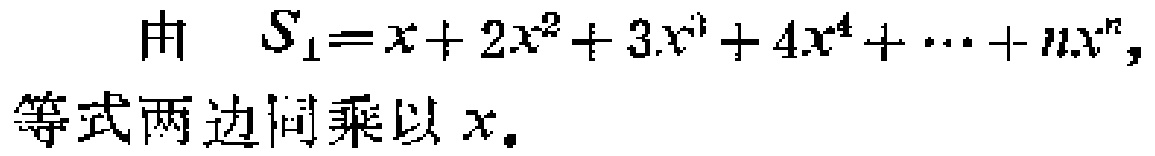
由 \(S_{1}=x + 2x^{2}+3x^{3}+4x^{4}+\cdots+nx^{n}\)，等式两边同乘以 \(x\)。